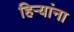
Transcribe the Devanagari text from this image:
हिऱ्यांना